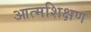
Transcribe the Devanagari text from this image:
आत्मशिक्षण